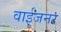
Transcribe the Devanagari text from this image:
वाईजनर